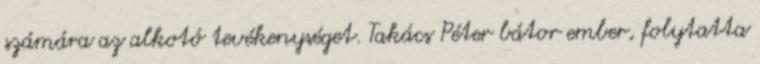
számára az alkotó tevékenységet. Takács Péter bátor ember, folytatta